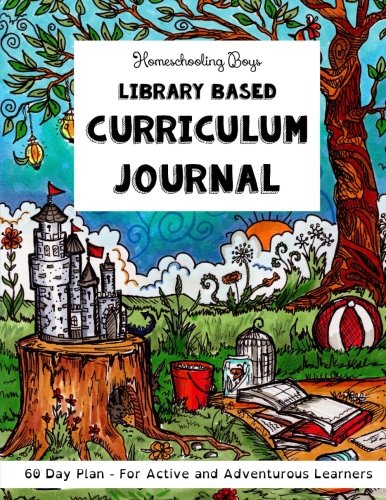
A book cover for Homeschooling Boys - Library Based Curriculum Journal: 60 Day Plan - For Active and Adventurous Learners (Volume 1); Sarah Janisse Brown; Education & Teaching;